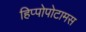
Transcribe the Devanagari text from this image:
हिप्पोपोटामस